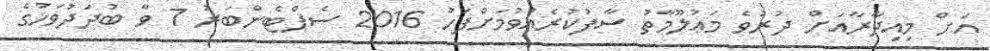
އަށް މިއިދާރާއަށް ދުރުވެ މަޢުލޫމާތު ސާފުކުރެއްވުމަށްފަހު 2016 ސެޕްޓެންބަރު 7 ވާ ބުދަދުވަހުގެ